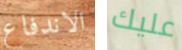
الاندفاع عليك